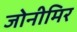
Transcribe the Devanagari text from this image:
जोनीमिर